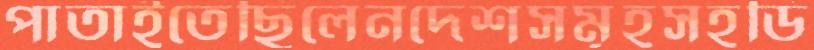
পাতাইতেছিলেনদেশসমূহসহডি